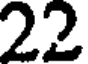
22